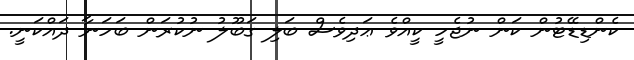
ކެންޑިޑޭޓުން ކަން ނުޖެހީ ކީއްވެ ޢަދިވެސް ބަލި ގަބޫލު ނުކުރަން ބަހަނާ ދައްކަނީ.